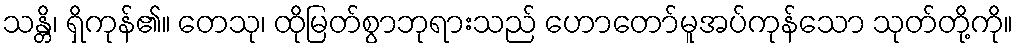
သန္တိ၊ ရှိကုန်၏။ တေသု၊ ထိုမြတ်စွာဘုရားသည် ဟောတော်မူအပ်ကုန်သော သုတ်တို့ကို။